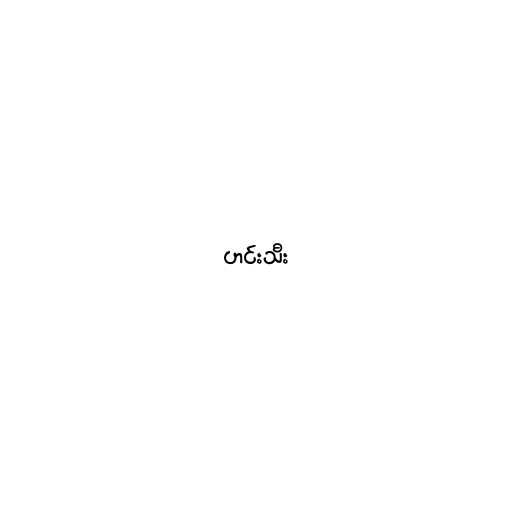
ဟင်းသီး